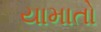
યામાતો